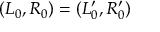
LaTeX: ( L _ { 0 } , R _ { 0 } ) = ( L _ { 0 } ^ { \prime } , R _ { 0 } ^ { \prime } )